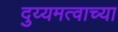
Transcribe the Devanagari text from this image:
दुय्यमत्वाच्या